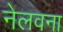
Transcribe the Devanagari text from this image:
नेलवना